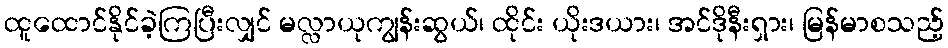
ထူထောင်နိုင်ခဲ့ကြပြီးလျှင် မလ္လာယုကျွန်းဆွယ်၊ ထိုင်း ယိုးဒယား၊ အင်ဒိုနီးရှား၊ မြန်မာစသည့်